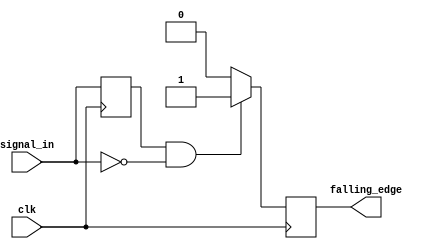
module falling_edge_detector (
    input wire clk,         // Clock input
    input wire signal_in,   // Input signal for falling edge detection
    output reg falling_edge // Output signal indicating a falling edge
);

    reg previous_state; // Register to hold the previous state of the input signal

    // Always block triggered on the rising edge of the clock
    always @(posedge clk) begin
        // Check for falling edge condition
        if (previous_state == 1'b1 && signal_in == 1'b0) begin
            falling_edge <= 1'b1; // Set output high for one clock cycle
        end else begin
            falling_edge <= 1'b0;  // Otherwise, set output low
        end
        
        // Update previous state to current signal state
        previous_state <= signal_in;
    end

endmodule